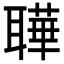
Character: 𬚦